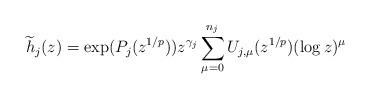
LaTeX: \begin{align*} \widetilde h_j(z) = \exp( P_j( z^{1/p}) ) z^{\gamma_j} \sum_{\mu=0}^{n_j} U_{j,\mu}( z^{1/p} ) (\log z)^{\mu } \end{align*}